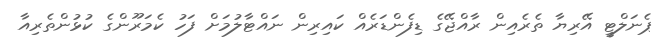
ޕެނަލްޓީ އޭރިޔާ ތެރެއިން ރާއްޖޭގެ ޑިފެންޑަރެއް ކައިރިން ނައްޓާލުމަށް ފަހު ކެމަރޫންގެ ކުޅުންތެރިއާ